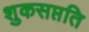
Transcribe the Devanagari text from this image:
शुकसप्तति